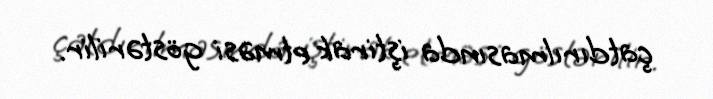
çatdırılmasında iştirak etməsi göstərilir.